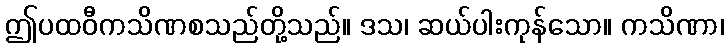
ဤပထဝီကသိဏစသည်တို့သည်။ ဒသ၊ ဆယ်ပါးကုန်သော။ ကသိဏာ၊